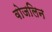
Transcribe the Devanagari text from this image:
वोजलिन